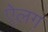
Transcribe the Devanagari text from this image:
ऐलग